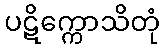
ပဋိက္ကောသိတုံ